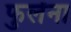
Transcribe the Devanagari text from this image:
फुलेंना